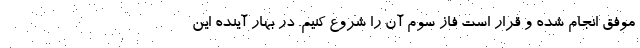
موفق انجام شده و قرار است فاز سوم آن را شروع کنیم. در بهار آینده این